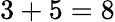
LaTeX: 3+5=8